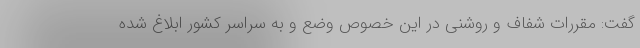
گفت: مقررات شفاف و روشنی در این خصوص وضع و به سراسر کشور ابلاغ شده